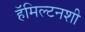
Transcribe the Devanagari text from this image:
हॅमिल्टनशी